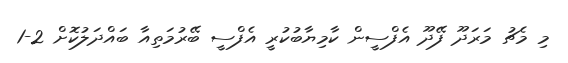
މި މެޗު މަރަދޫ ފޭދޫ އެފްސީން ކާމިޔާބުކުރީ އެފްސީ ބޭރުމަތިއާ ބައްދަލުކޮށް 2-1